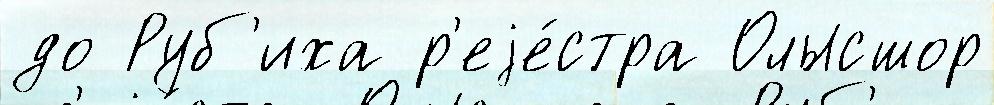
до Руб'иха р'еjе́стра Олысшор